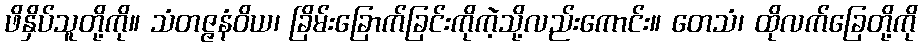
ဖိနှိပ်သူတို့ကို။ သံတဇ္ဇနံဝိယ၊ ခြိမ်းခြောက်ခြင်းကိုကဲ့သို့လည်းကောင်း။ တေသံ၊ ထိုလက်ခြေတို့ကို